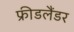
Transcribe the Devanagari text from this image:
फ्रीडलैंडर